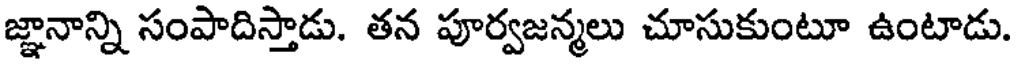
జ్ఞానాన్ని సంపాదిస్తాడు. తన పూర్వజన్మలు చూసుకుంటూ ఉంటాడు.